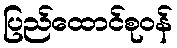
ပြည်ထောင်စုဝန်